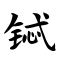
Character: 铽